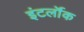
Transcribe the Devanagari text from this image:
इंटर्लॉक